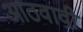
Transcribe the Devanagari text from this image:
आठवावी